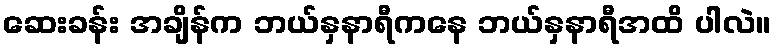
ဆေးခန်း အချိန်က ဘယ်နှနာရီကနေ ဘယ်နှနာရီအထိ ပါလဲ။